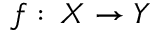
f : \, X \to Y